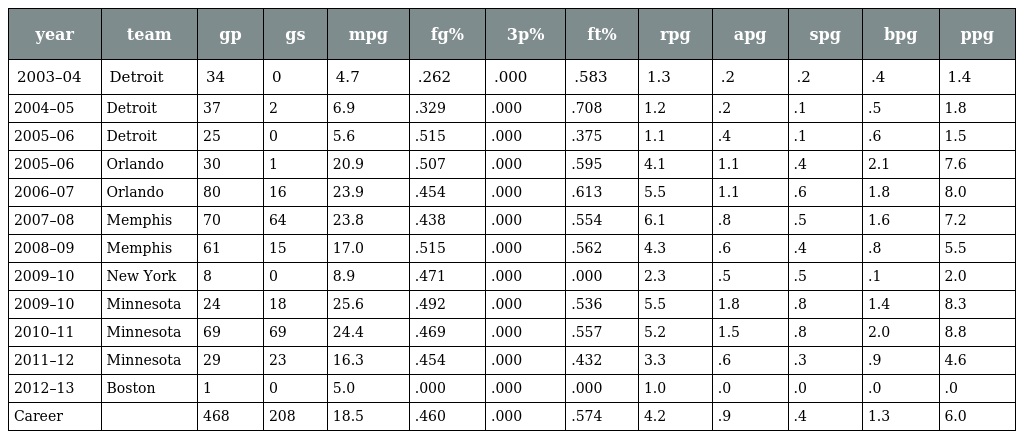
| year | team | gp | gs | mpg | fg% | 3p% | ft% | rpg | apg | spg | bpg | ppg |
 | --- | --- | --- | --- | --- | --- | --- | --- | --- | --- | --- | --- | --- |
 | 2003–04 | Detroit | 34 | 0 | 4.7 | .262 | .000 | .583 | 1.3 | .2 | .2 | .4 | 1.4 |
 | 2004–05 | Detroit | 37 | 2 | 6.9 | .329 | .000 | .708 | 1.2 | .2 | .1 | .5 | 1.8 |
 | 2005–06 | Detroit | 25 | 0 | 5.6 | .515 | .000 | .375 | 1.1 | .4 | .1 | .6 | 1.5 |
 | 2005–06 | Orlando | 30 | 1 | 20.9 | .507 | .000 | .595 | 4.1 | 1.1 | .4 | 2.1 | 7.6 |
 | 2006–07 | Orlando | 80 | 16 | 23.9 | .454 | .000 | .613 | 5.5 | 1.1 | .6 | 1.8 | 8.0 |
 | 2007–08 | Memphis | 70 | 64 | 23.8 | .438 | .000 | .554 | 6.1 | .8 | .5 | 1.6 | 7.2 |
 | 2008–09 | Memphis | 61 | 15 | 17.0 | .515 | .000 | .562 | 4.3 | .6 | .4 | .8 | 5.5 |
 | 2009–10 | New York | 8 | 0 | 8.9 | .471 | .000 | .000 | 2.3 | .5 | .5 | .1 | 2.0 |
 | 2009–10 | Minnesota | 24 | 18 | 25.6 | .492 | .000 | .536 | 5.5 | 1.8 | .8 | 1.4 | 8.3 |
 | 2010–11 | Minnesota | 69 | 69 | 24.4 | .469 | .000 | .557 | 5.2 | 1.5 | .8 | 2.0 | 8.8 |
 | 2011–12 | Minnesota | 29 | 23 | 16.3 | .454 | .000 | .432 | 3.3 | .6 | .3 | .9 | 4.6 |
 | 2012–13 | Boston | 1 | 0 | 5.0 | .000 | .000 | .000 | 1.0 | .0 | .0 | .0 | .0 |
 | Career |  | 468 | 208 | 18.5 | .460 | .000 | .574 | 4.2 | .9 | .4 | 1.3 | 6.0 |